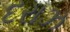
દરાઝ